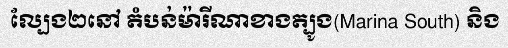
ល្បែង២នៅ តំបន់ម៉ារីណាខាងត្បូង(Marina South) និង